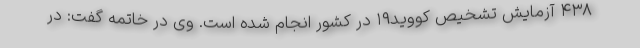
۴۳۸ آزمایش تشخیص کووید۱۹ در کشور انجام شده است. وی در خاتمه گفت: در